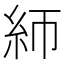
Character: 𰫚